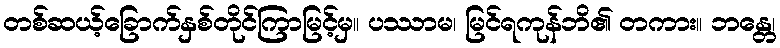
တစ်ဆယ့်ခြောက်နှစ်တိုင်ကြာမြင့်မှ။ ပဿာမ၊ မြင်ရကုန်ဘိ၏ တကား။ ဘန္တေ၊